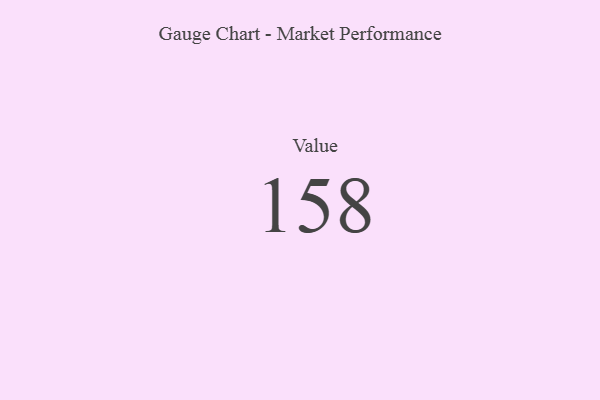
{"axis": {"x": "Metric", "y": "Value"}, "legend": [""], "data": [{"x": "Value", "y": 158, "type": ""}]}